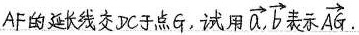
##AF的延长线交DC于点G，试用\overrightarrow{a}. \overrightarrow{b}表示\overrightarrow{AG}##